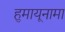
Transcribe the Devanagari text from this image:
हुमायूनामा